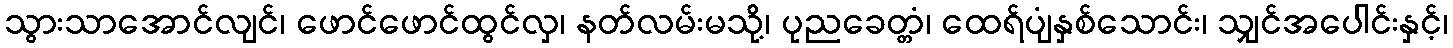
သွားသာအောင်လျင်၊ ဖောင်ဖောင်ထွင်လှ၊ နတ်လမ်းမသို့၊ ပုညခေတ္တံ၊ ထေရ်ပျံနှစ်သောင်း၊ သျှင်အပေါင်းနှင့်၊